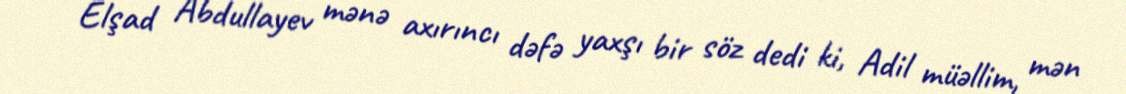
Elşad Abdullayev mənə axırıncı dəfə yaxşı bir söz dedi ki, Adil müəllim, mən